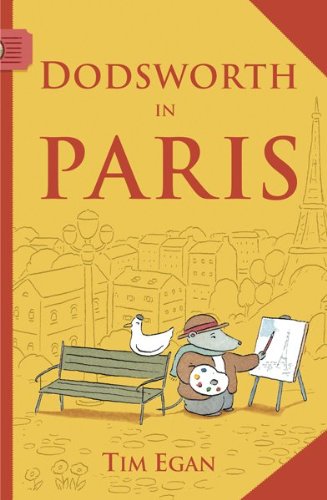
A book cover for Dodsworth in Paris (A Dodsworth Book); Tim Egan; Children's Books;